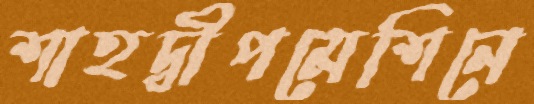
শাহদ্বীপমেশিনে